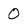
Character: 0